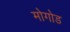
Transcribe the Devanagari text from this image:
मोगोड